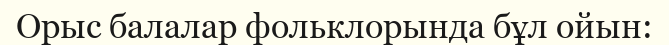
Орыс балалар фольклорында бұл ойын: